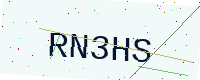
Text: RN3HS